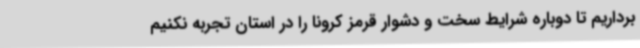
برداریم تا دوباره شرایط سخت و دشوار قرمز کرونا را در استان تجربه نکنیم